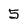
Character: 5